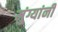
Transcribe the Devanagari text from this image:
मुंग्यांनी